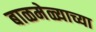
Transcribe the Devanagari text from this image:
बाळमेळ्याच्या